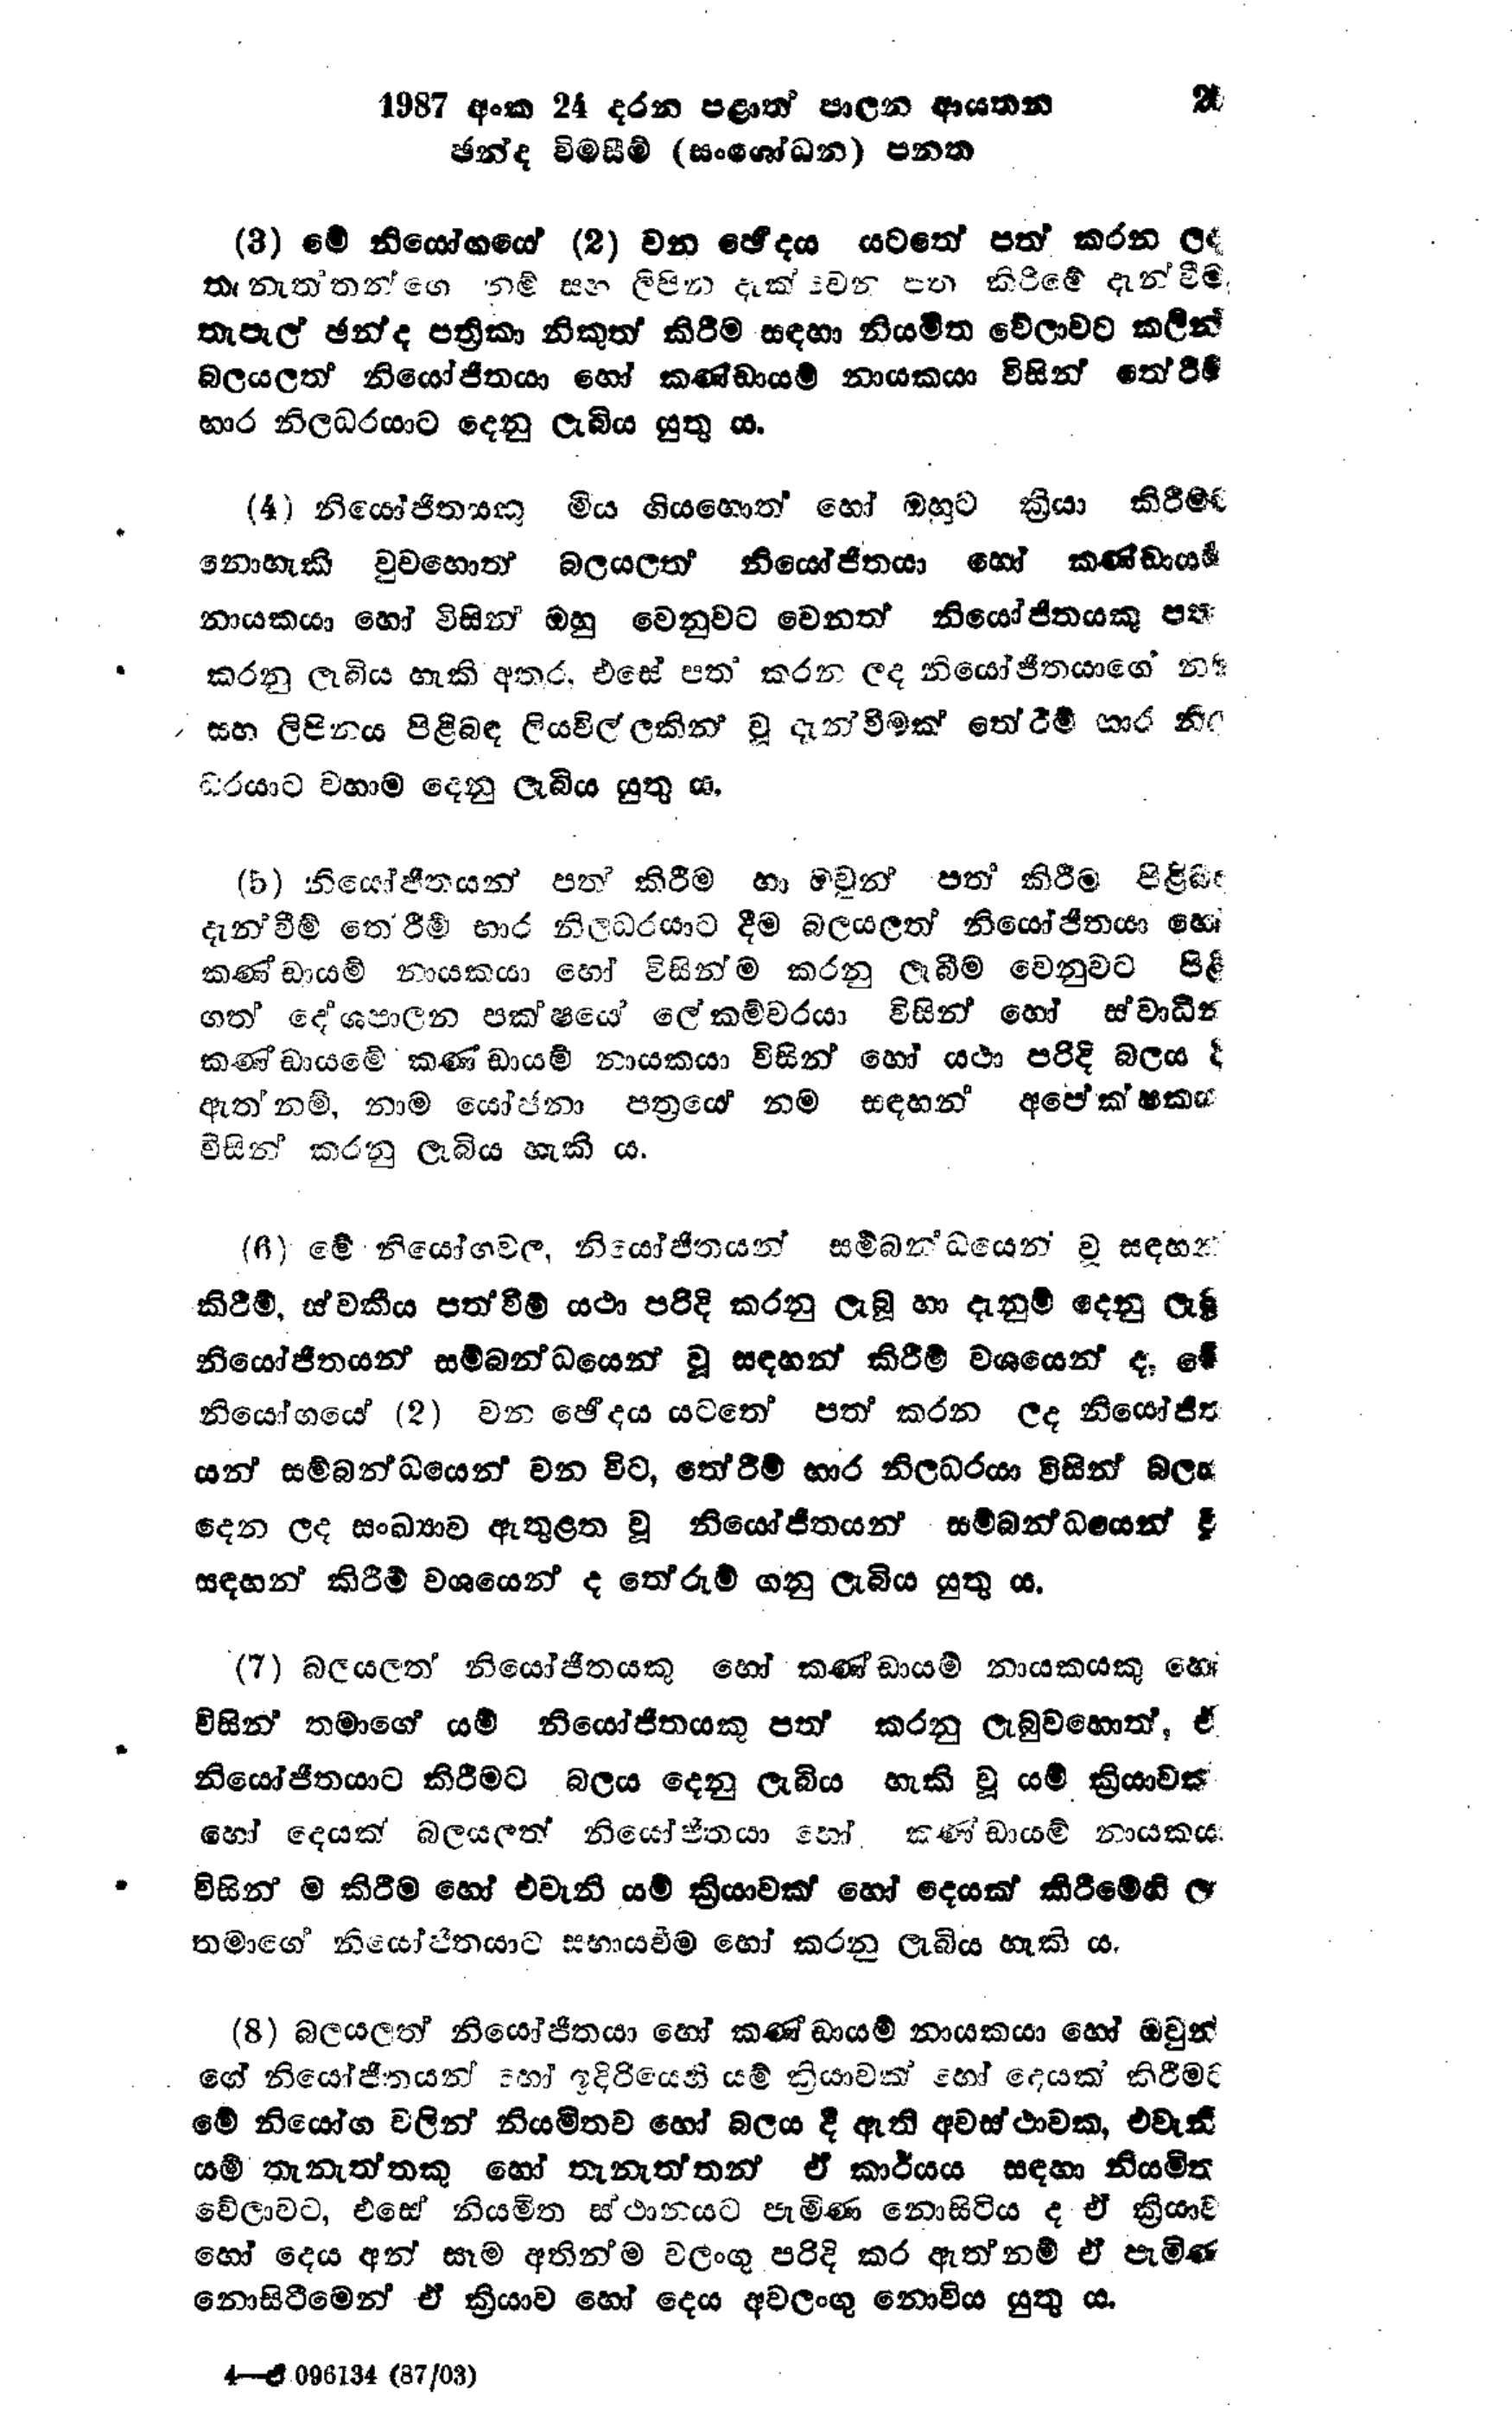
1987 අංක 24 දරන පළාත් පාලන ආයතන 26
ඡන්ද විමසීම් (සංශෝධන) පනත

(3) මේ නියෝගයෙ (2) වන ඡේදය යටතේ පත් කරන ලද
තැනැත්තන්ගෙ නම් සහ ලිපින දැක්වෙන පත කිරීමේ දැන්වීම
තැපැල් ඡන්ද පත්‍රිකා නිකුත් කිරීම සඳහා නියමිත වේලාවට කලින්
බලයලත් නියෝජිතයා හෝ කණ්ඩායම් නායකයා විසින් තේරීම්
භාර නිලධරයාට දෙනු ලැබිය යුතු ය.

(4) නියෝජිතයකු මිය ගිය හොත් හෝ ඔහුට ක්‍රියා කිරීමට
නොහැකි වුවහොත් බලයලත් නියෝජිතයා හෝ කණ්ඩායම්
නායකයා හෝ විසින් ඔහු වෙනුවට වෙනත් නියෝජිතයකු පත්
කරනු ලැබිය හැකි අතර, එසේ පත් කරන ලද නියෝජිතයාගේ නම
සහ ලිපිනය පිළිබඳ ලියවිල්ලකින් වූ දැන්වීමක් තේරීම් භාර නිල
ධරයාට වහාම දෙනු ලැබිය යුතු ය,

(5) නියෝජිතයන් පත් කිරීම හා ඔවුන් පත් කිරීම පිළිබඳ
දැන්වීම් තේරීම් භාර නිලධරයාට දීම බලයලත් නියෝජිතයා හෝ
කණ්ඩායම් නායකයා හෝ විසින්ම කරනු ලැබීම වෙනුවට පිළි
ගත දේශපාලන පක්ෂ ලේකම්වරයා විසින් හෝ ස්වාධීන
කණ්ඩායමේ කණ්ඩායම් නායකයා විසින් හෝ යථා පරිදි බලය දී
ඇත්නම්, නාම යෝජනා පත්‍රයේ නම සඳහන් අපේක්ෂකය
විසින් කරනු ලැබිය හැකි ය.

(6) මේ නියෝගවල, නියෝජිතයන් සම්බන්ධයෙන් වූ සඳහන්
කිරීම්, ස්වකීය පත්වීම් යථා පරිදි කරනු ලැබූ හා දැනුම් දෙනු ලැබූ
නියෝජිතයන් සම්බන්ධයෙන් වූ සඳහන් කිරීම් වශයෙන් ද, මේ
නියෝගයේ (2) වන ඡේදය යටතේ පත් කරන ලද නියෝජිත
යන් සම්බන්ධයෙන් වන විට, තේරීම් භාර නිලධරයා විසින් බලය
දෙන ලද සංඛ්‍යාව ඇතුළත වූ නියෝජිතයන් සම්බන්ධයෙන් වූ
සඳහන් කිරීම් වශයෙන් ද තේරුම් ගනු ලැබිය යුතු ය.

(7) බලයලත් නියෝජිතයකු හෝ කණ්ඩායම් නායකයකු හෝ
විසින් තමාගේ යම් නියෝජිතයකු පත් කරනු ලැබුවහොත්, ඒ
නියෝජිතයාට කිරීමට බලය දෙනු ලැබිය හැකි වූ යම් ක්‍රියාවක්
හෝ දෙයක් බලයලත් නියෝජිතයා හෝ කණ්ඩායම් නායකයා
විසින්ම කිරීම හෝ එවැනි යම් ක්‍රියාවක් හෝ දෙයක් කිරීමෙහි ලා
තමාගේ නියෝජිතයාට සහායවීම හෝ කරනු ලැබිය හැකි ය.

(8) බලයලත් නියෝජිතයා හෝ කණ්ඩායම් නායකයා හෝ ඔවුන්
ගේ නියෝජිතයන් හෝ ඉදිරියෙහි යම් ක්‍රියාවක් හෝ දෙයක් කිරීමට
මේ නියෝග වලින් නියමිතව හෝ බලය දී ඇති අවස්ථාවක, එවැනි
යම් තැනැත්තකු හෝ තැනැත්තන් ඒ කාර්යය සඳහා නියමිත
වේලාවට, එසේ නියමිත ස්ථානයට පැමිණ නොසිටිය ද ඒ ක්‍රියාව
හෝ දෙය අන් සෑම අතින්ම වලංගු පරිදි කර ඇත්නම් ඒ පැමිණ
නොසිටීමෙන් ඒ ක්‍රියාව හෝ දෙය අවලංගු නොවිය යුතු ය.

4--ඒ 096134 (87/03)